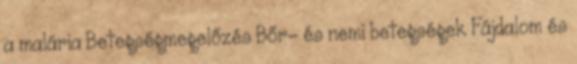
a malária Betegségmegelőzés Bőr- és nemi betegségek Fájdalom és